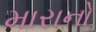
મારાનો